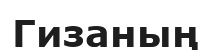
Гизаның